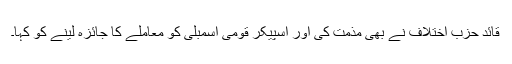
قائدِ حزبِ اختلاف نے بھی مذمت کی اور اسپیکرِ قومی اسمبلی کو معاملے کا جائزہ لینے کو کہا۔